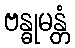
ဗန္ဓုမန္တံ